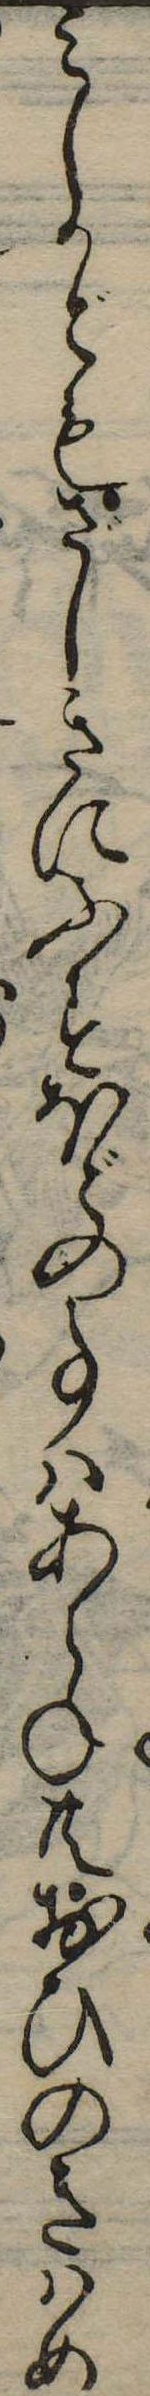
みしかどもざしきにふすほどの事はあらね共おひのきはめ